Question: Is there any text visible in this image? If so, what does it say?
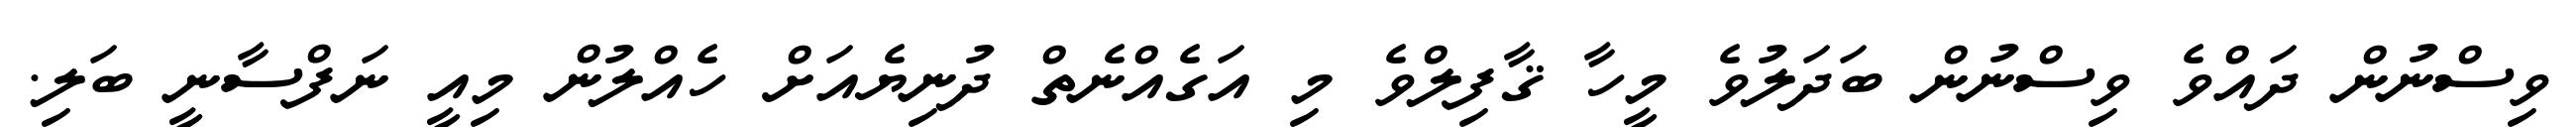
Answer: ވިސްނުން ދައްވެ ވިސްނުން ބަދަލުވެ މީހާ ޤާފިލްވެ މި އަގެއްނެތް ދުނިޔެއަށް ހެއްލުން މިއީ ނަފްސާނީ ބަލި.